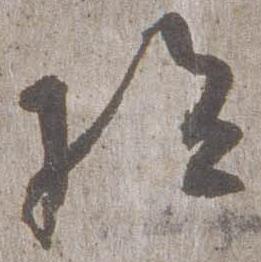
給